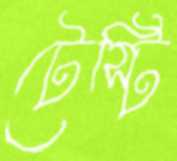
টেস্টি